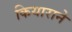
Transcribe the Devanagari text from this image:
कियाराने